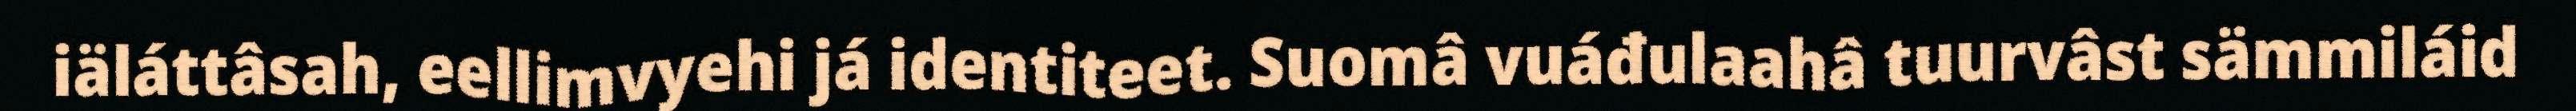
iäláttâsah, eellimvyehi já identiteet. Suomâ vuáđulaahâ tuurvâst sämmiláid